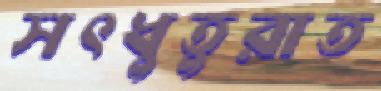
সৎধুতুরাত